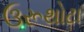
ઉરૂથોટા